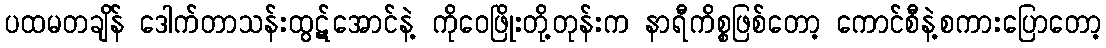
ပထမတချိန် ဒေါက်တာသန်းထွဋ်အောင်နဲ့ ကိုဝေဖြိုးတို့တုန်းက နာရီကိစ္စဖြစ်တော့ ကောင်စီနဲ့စကားပြောတော့